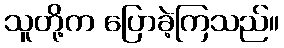
သူတို့က ပြောခဲ့ကြသည်။